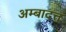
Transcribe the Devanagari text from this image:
अम्बादत्त